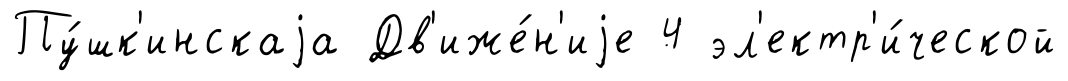
Пу́шк'инскаjа Дв'иже́н'иjе 4 эл'ектр'и́ческой